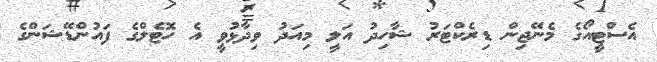
އެސްޓީއޯގެ މެނޭޖިން ޑިރެކްޓަރު ޝާހިދު އަލީ މިއަދު ވިދާޅުވީ އެ ހޮޓެލްގެ ފައުންޑޭޝަންގެ